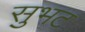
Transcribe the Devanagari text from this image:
सुभट